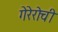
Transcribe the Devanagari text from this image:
गेरेरोची